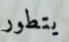
يتطور